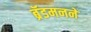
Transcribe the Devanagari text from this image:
ब्रॅडमनने